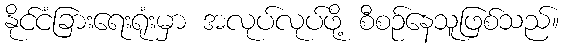
နိုင်ငံခြားရေးရုံးမှာ အလုပ်လုပ်ဖို့ စီစဉ်နေသူဖြစ်သည်။